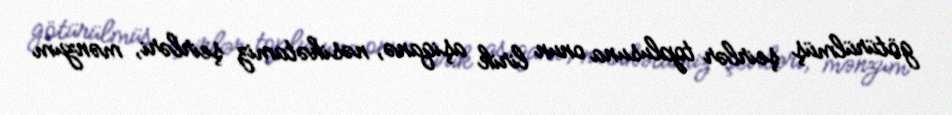
götürülmüş şeirlər toplusuna onun lirik aşiqanə, nəsihətamiz şeirləri, mənzum